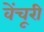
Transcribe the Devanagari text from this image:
वेंचूरी